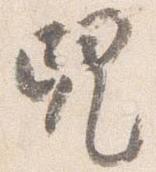
児